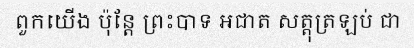
ពួកយើង ប៉ុន្តែ ព្រះបាទ អជាត សត្តុត្រឡប់ ជា